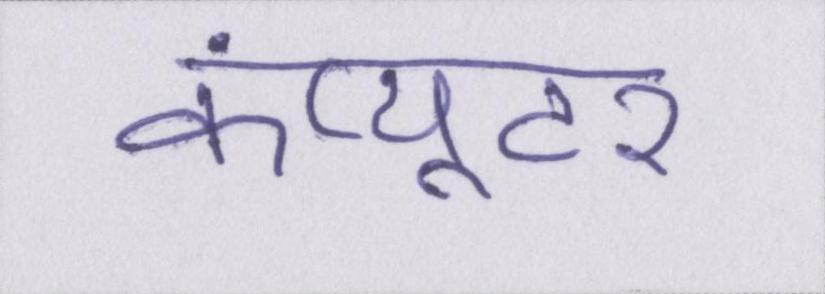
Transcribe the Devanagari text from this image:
कंप्यूटर